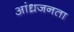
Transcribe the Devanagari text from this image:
आंध्रजनता